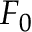
F _ { 0 }